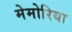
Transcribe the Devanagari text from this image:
मेमोरिया